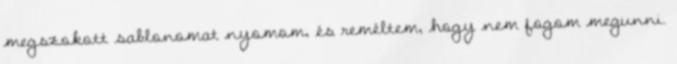
megszokott sablonomat nyomom, és reméltem, hogy nem fogom megunni.